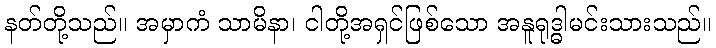
နတ်တို့သည်။ အမှာကံ သာမိနာ၊ ငါတို့အရှင်ဖြစ်သော အနူရုဒ္ဓါမင်းသားသည်။